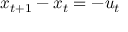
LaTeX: x _ { t + 1 } - x _ { t } = - u _ { t }